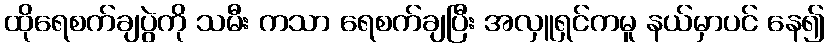
ထိုရေစက်ချပွဲကို သမီး ကသာ ရေစက်ချပြီး အလှူရှင်ကမူ နယ်မှာပင် နေ၍